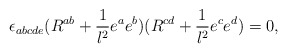
\begin{align*}\epsilon_{abcde} (R^{ab} + {1 \over l^2} e^a e^b)(R^{cd} + {1 \over l^2} e^c e^d ) = 0,\end{align*}